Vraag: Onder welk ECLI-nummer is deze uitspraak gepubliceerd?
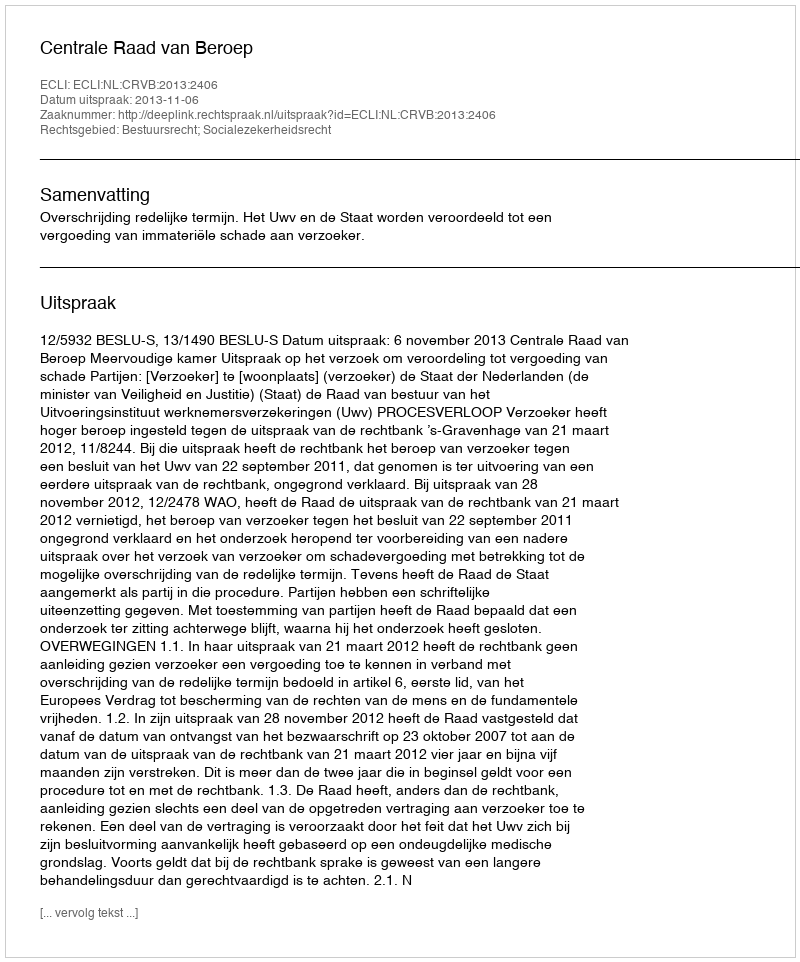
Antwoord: ECLI:NL:CRVB:2013:2406